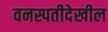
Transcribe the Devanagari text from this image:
वनस्पतीदेखील